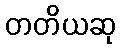
တတိယဆု